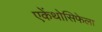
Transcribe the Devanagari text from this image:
एकेंथोसिफेला